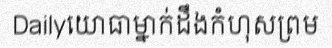
Dailyយោធាម្នាក់ដឹងកំហុសព្រម